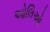
ઓલિઓ